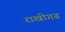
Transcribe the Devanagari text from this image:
राखीगढ